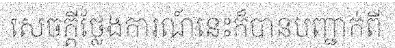
សេចក្តីថ្លែងការណ៍នេះក៏បានបញ្ជាក់ពី